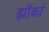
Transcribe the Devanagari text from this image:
झोंकां